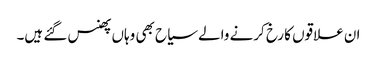
ان علاقوں کا رخ کرنے والے سیاح بھی وہاں پھنس گئے ہیں۔